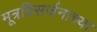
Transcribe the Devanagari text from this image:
मूत्रविसर्जनाच्या